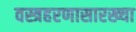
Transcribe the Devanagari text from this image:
वस्त्रहरणासारख्या